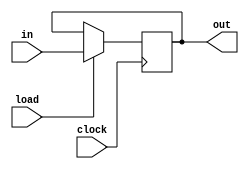
module DFF (input in, clock, load, output out);
  reg q;
	assign out = q;
  always @(posedge clock) begin
	  if (load) q = in;
  end
endmodule